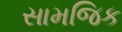
સામજિક